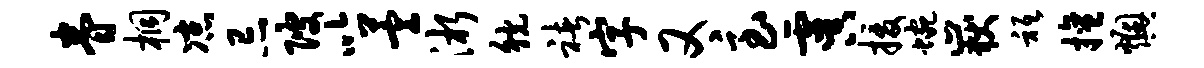
眷桐凉忌陂以萱淅觥褚字又急虞援蜿岳只擅燠